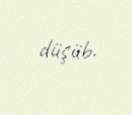
düşüb.